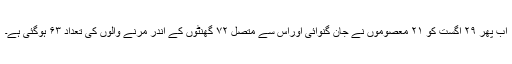
اب پھر ۲۹ اگست کو ۲۱ معصوموں نے جان گنوائی اوراس سے متصل ۷۲ گھنٹوں کے اندر مرنے والوں کی تعداد ۶۳ ہوگئی ہے۔